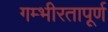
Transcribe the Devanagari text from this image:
गम्भीरतापूर्ण